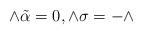
LaTeX: \begin{align*} \wedge\tilde\alpha=0,\wedge\sigma=-\wedge\end{align*}